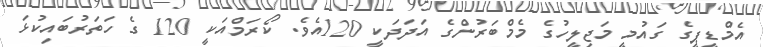
އެމްޑީޕީގެ ގައުމީ މަޖިލީހުގެ މެމްބަރުންގެ އަދަދަކީ 120އެވެ. ކޯރަމްއަކީ 120 ގެ ހަތަރުބައިކުޅަ